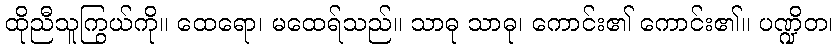
ထိုညီသူကြွယ်ကို။ ထေရော၊ မထေရ်သည်။ သာဓု သာဓု၊ ကောင်း၏ ကောင်း၏။ ပဏ္ဍိတ၊